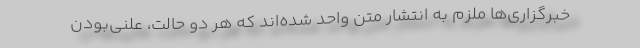
خبرگزاری‌ها ملزم به انتشار متن واحد شده‌اند که هر دو حالت، علنی‌بودن